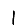
Digit: 1